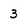
Character: 3